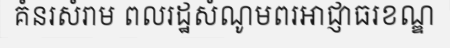
គំនរសំរាម ពលរដ្ឋសំណូមពរអាជ្ញាធរខណ្ឌ